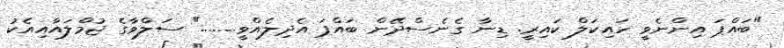
"ބައްޕަ އިންނެވީ ހައިކަލް ކައިރީ. ޑިނާ ގެނެސްދޭން ބައްޕަ އެދިލެއްވީ........" ސަލްވާގެ ޖުމްލައާއިއެކު